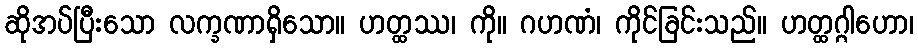
ဆိုအပ်ပြီးသော လက္ခဏာရှိသော။ ဟတ္ထဿ၊ ကို။ ဂဟဏံ၊ ကိုင်ခြင်းသည်။ ဟတ္ထဂ္ဂါဟော၊